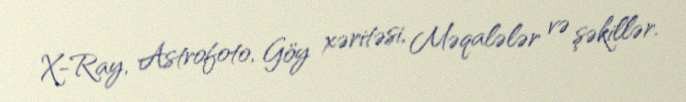
X-Ray, Astrofoto, Göy xəritəsi, Məqalələr və şəkillər.